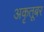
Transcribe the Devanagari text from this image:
अकृतूबर